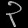
Digit: ၃